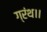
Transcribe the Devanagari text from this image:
ग्रंथ।।